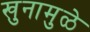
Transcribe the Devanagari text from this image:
खुनामुळे